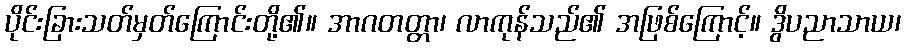
ပိုင်းခြားသတ်မှတ်ကြောင်းတို့၏။ အာဂတတ္တာ၊ လာကုန်သည်၏ အဖြစ်ကြောင့်။ ဒွိပညာသာယ၊